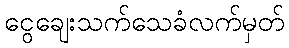
ငွေချေးသက်သေခံလက်မှတ်